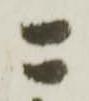
ニ